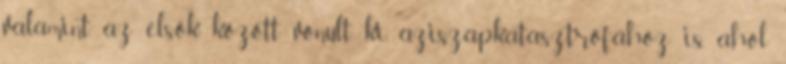
valamint az elsők között vonult ki aziszapkatasztrófához is, ahol